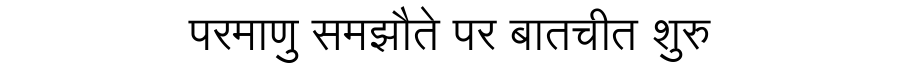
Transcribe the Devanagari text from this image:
परमाणु समझौते पर बातचीत शुरु